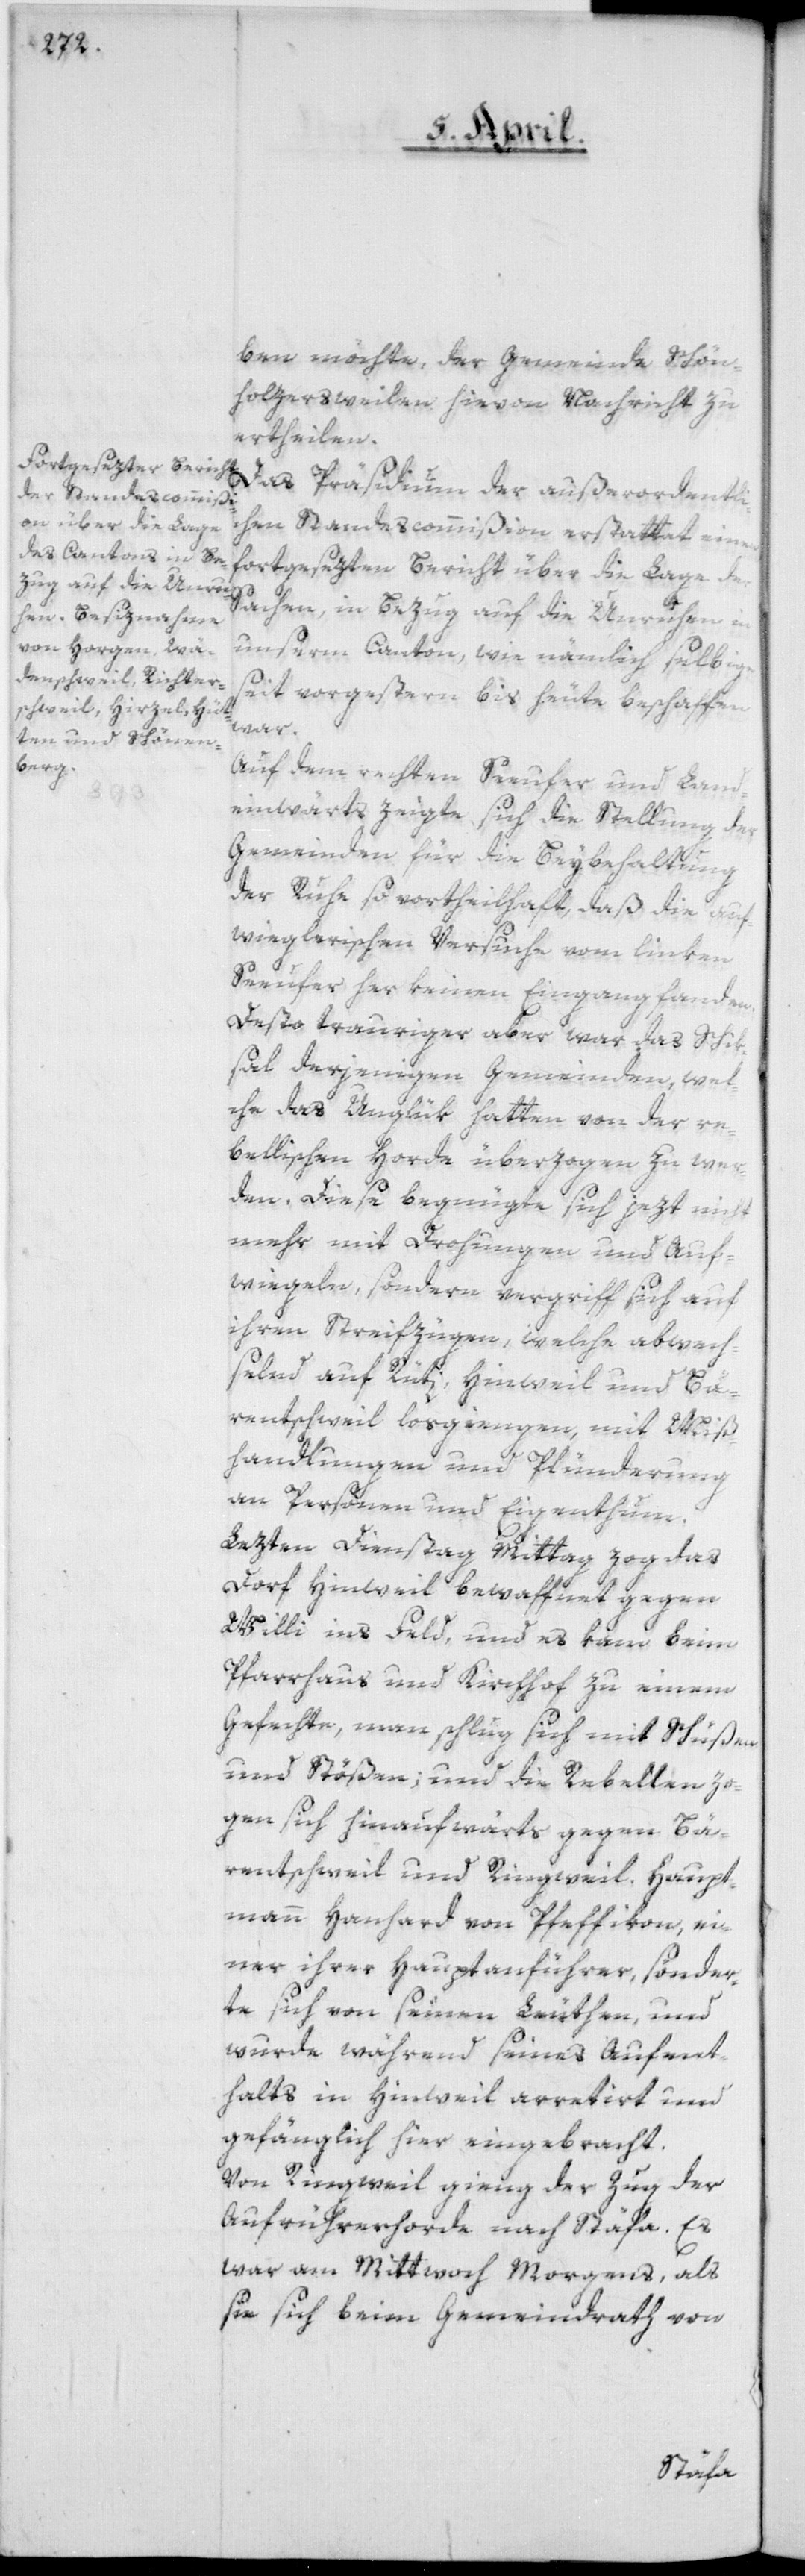
ben möchte, der Gemeinde Schön¬
holzersweilen hievon Nachricht zu
ertheilen.
Das Präsidium der außerordentli¬
chen Standescommißion erstattet einen
fortgesezten Bericht über die Lage
Sachen, in Bezug auf die Unruhen
unserm Canton, wie nämlich selbige
seit vorgestern bis heute beschaffen
war.
Auf dem rechten Seeufer und Land¬
einwärts zeigte sich die Stellung der
Gemeinden für die Beybehaltung
der Ruhe so vortheilhaft, daß die auf¬
wieglerischen Versuche vom linken
Seeufer her keinen Eingang fanden.
Desto trauriger aber war das Schik¬
sal derjenigen Gemeinden, wel¬
che das Unglük hatten von der re¬
bellischen Horde überzogen zu wer¬
den. Diese begnügte sich jezt nicht
mehr mit Drohungen und Auf¬
wiegeln, sondern vergriff sich auf
ihren Streifzügen, welche abwech¬
selnd auf Rüti, Hinweil und Bä¬
rentschweil losgiengen, mit Miß¬
handlungen und Plünderung
an Personen und Eigenthum.
Letzten Dienstag Mittag zog das
Dorf Hinweil bewaffnet gegen
Willi ins Feld, und es kam beim
Pfarrhaus und Kirchhof zu einem
Gefechte, man schlug sich mit Schüßen
und Stößen, und die Rebellen zo¬
gen sich hinaufwärts gegen Bä¬
rentschweil und Ringweil. Haupt¬
mann Hanhard von Pfeffikon, ei¬
ner ihrer Hauptanführer, sönder¬
te sich von seinen Leuthen, und
wurde während seines Aufent¬
halts in Hinweil arretirt und
gefänglich hier eingebracht.
Von Ringweil gieng der Zug der
Aufrührerhorde nach Stäfa. Es
war am Mittwoch Morgens, als
sie sich beim Gemeindrath von